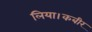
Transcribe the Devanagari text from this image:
लिया।कबीर